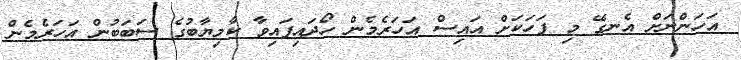
އަހަންނަށް އެނގޭ މި ފަހަކަށް އައިސް އަހަރެމެން ހޯދައިފައިވާ ކާމިޔާބުގެ ސަބަބުން އަހަރެމެން